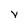
Character: v